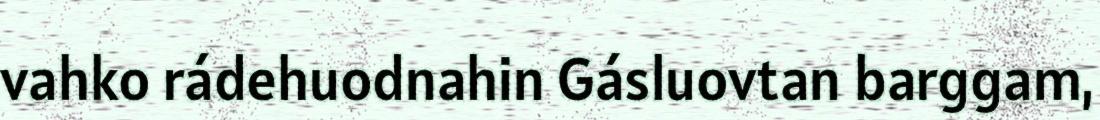
vahko rádehuodnahin Gásluovtan barggam,